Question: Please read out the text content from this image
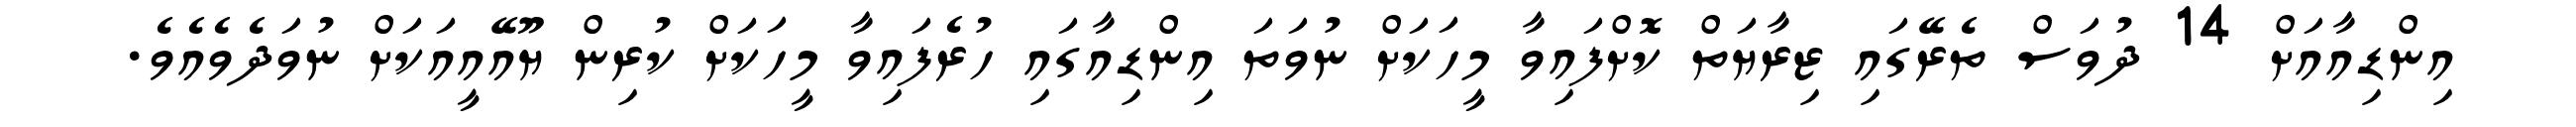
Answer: އިންޑިއާއަށް 14 ދުވަސް ތެރޭގައި ޒިރާޔަތް ކޮށްފައިވާ މީހަކަށް ނުވަތަ އިންޑިއާގައި ހުރެފައިވާ މީހަކަށް ކުރިން ޔޫއޭއީއަކަށް ނުވަދެވެއެވެ.